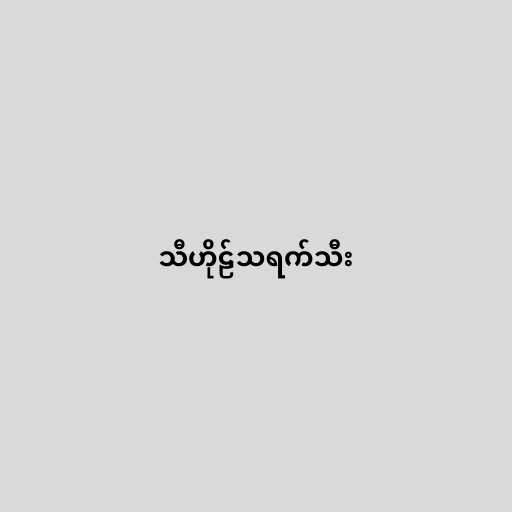
သီဟိုဠ်သရက်သီး